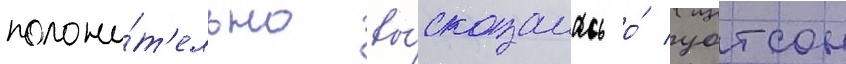
положи́т'ельно вы́сказалась о́ уотсон